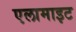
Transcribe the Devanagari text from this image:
एलामाइट